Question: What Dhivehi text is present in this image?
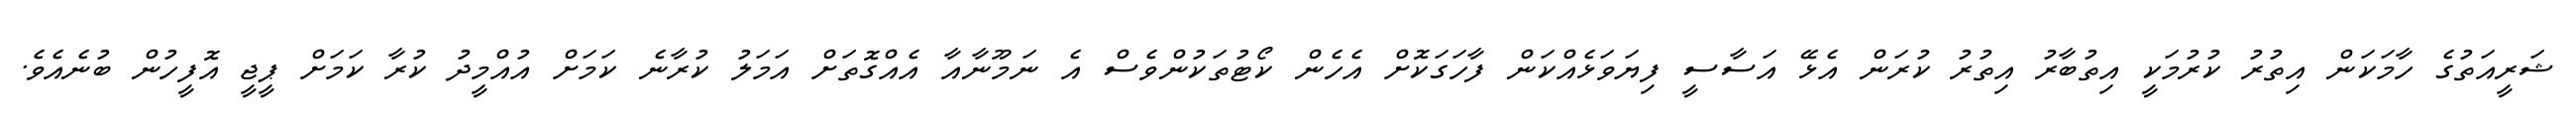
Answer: ޝަރީއަތުގެ ހާމަކަން އިތުރު ކުރުމަކީ އިތުބާރު އިތުރު ކުރަން އެޅޭ އަސާސީ ފިޔަވަޅެއްކަން ފާހަގަކޮށް އެހެން ކޯޓުތަކުންވެސް އެ ނަމޫނާއާ އެއްގޮތަށް އަމަލު ކުރާނެ ކަމަށް އުއްމީދު ކުރާ ކަމަށް ޕީޖީ އޮފީހުން ބުނެއެވެ.